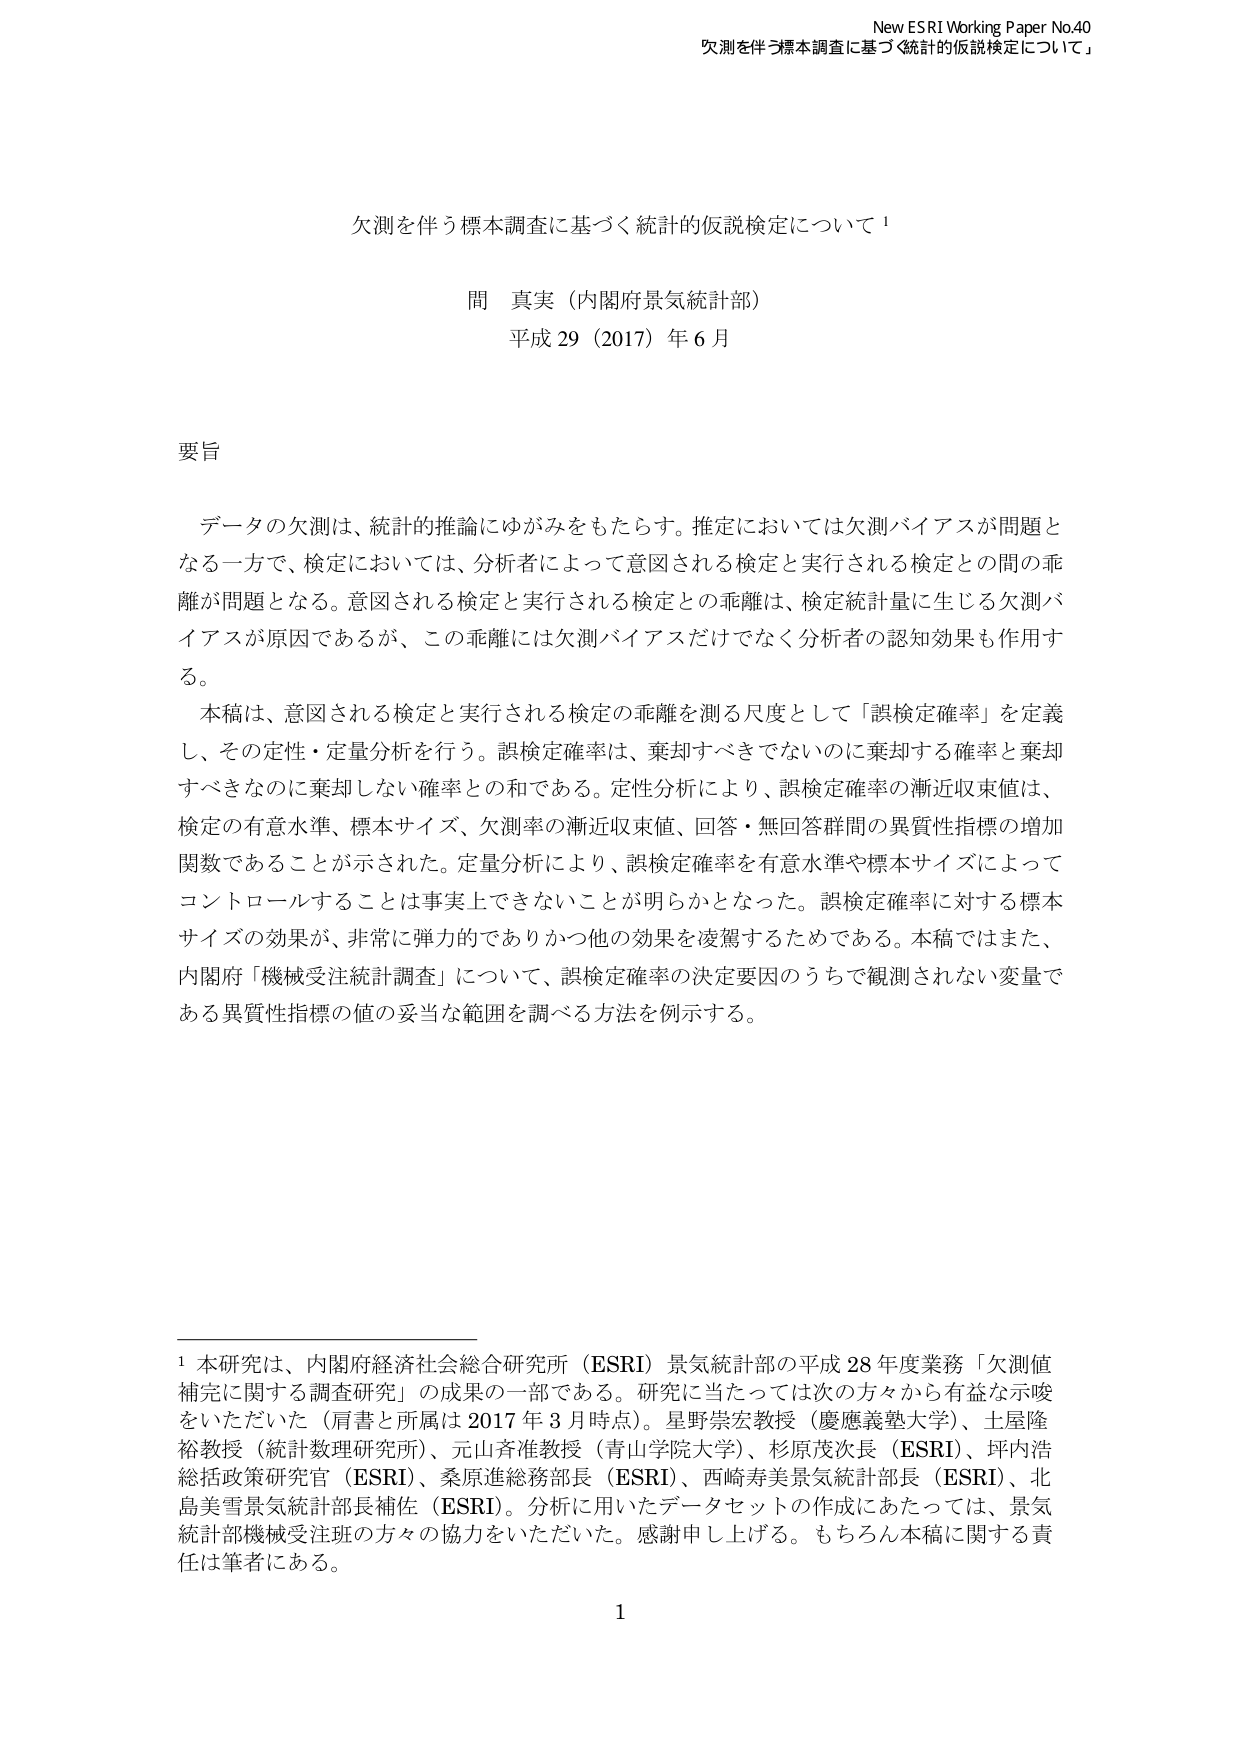
New ESRI Working Paper No.40
欠測を伴う標本調査に基づく統計的仮説検定について

欠測を伴う標本調査に基づく統計的仮説検定について¹

間 真実（内閣府景気統計部）
平成29（2017）年6月

要旨

データの欠測は、統計的推論にゆがみをもたらす。推定においては欠測バイアスが問題となる一方で、検定においては、分析者によって意図される検定と実行される検定との間の乖離が問題となる。意図される検定と実行される検定との乖離は、検定統計量に生じる欠測バイアスが原因であるが、この乖離には欠測バイアスだけでなく分析者の認知効果も作用する。

本稿は、意図される検定と実行される検定の乖離を測る尺度として「誤検定確率」を定義し、その定性・定量分析を行う。誤検定確率は、棄却すべきでないのに棄却する確率と棄却すべきなのに棄却しない確率との和である。定性分析により、誤検定確率の漸近収束値は、検定の有意水準、標本サイズ、欠測率の漸近収束値、回答・無回答群間の異質性指標の増加関数であることが示された。定量分析により、誤検定確率を有意水準や標本サイズによってコントロールすることは事実上できないことが明らかとなった。誤検定確率に対する標本サイズの効果が、非常に弾力的でありかつ他の効果を凌駕するためである。本稿ではまた、内閣府「機械受注統計調査」について、誤検定確率の決定要因のうちで観測されない変量である異質性指標の値の妥当な範囲を調べる方法を例示する。

¹ 本研究は、内閣府経済社会総合研究所（ESRI）景気統計部の平成28年度業務「欠測値補完に関する調査研究」の成果の一部である。研究に当たっては次の方々から有益な示唆をいただいた（肩書と所属は2017年3月時点）。星野崇宏教授（慶應義塾大学）、土屋隆裕教授（統計数理研究所）、元山斉准教授（青山学院大学）、杉原茂次長（ESRI）、坪内浩総括政策研究官（ESRI）、桑原進総務部長（ESRI）、西崎寿美景気統計部長（ESRI）、北島美雪景気統計部長補佐（ESRI）。分析に用いたデータセットの作成にあたっては、景気統計部機械受注班の方々の協力をいただいた。感謝申し上げる。もちろん本稿に関する責任は筆者にある。

1